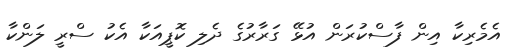
އެމެރިކާ އިން ފާސްކުރަން އުޅޭ ގަރާރުގެ ދެލި ކޮޕީއަކާ އެކު ސްރީ ލަންކާ